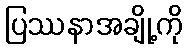
ပြဿနာအချို့ကို